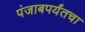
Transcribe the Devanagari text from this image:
पंजाबपर्यंतचा